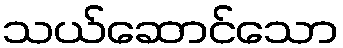
သယ်ဆောင်သော